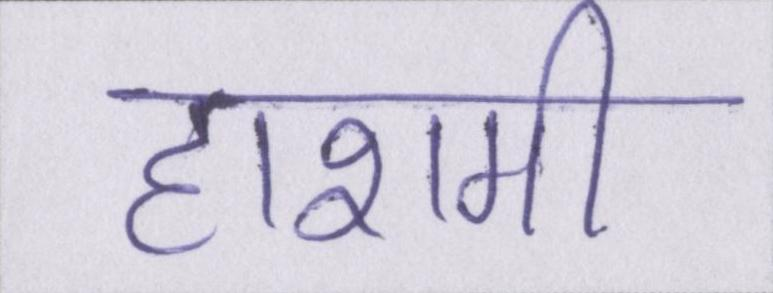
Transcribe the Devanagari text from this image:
हाशमी